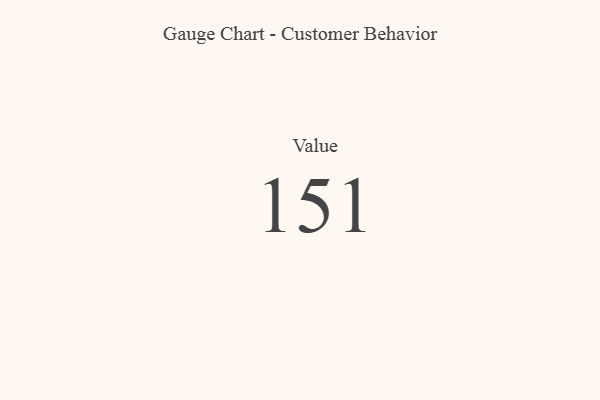
{"axis": {"x": "Metric", "y": "Value"}, "legend": [""], "data": [{"x": "Value", "y": 151, "type": ""}]}